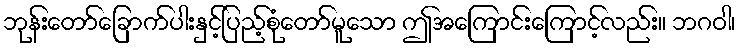
ဘုန်းတော်ခြောက်ပါးနှင့်ပြည့်စုံတော်မူသော ဤအကြောင်းကြောင့်လည်း။ ဘဂဝါ၊